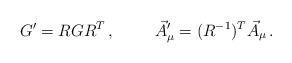
LaTeX: \begin{align*}G^{\prime}= RGR^{T}\, , \hspace{1cm}\vec{A}^{\prime}_{\mu} = (R^{-1})^{T} \vec{A}_{\mu}\, .\end{align*}